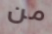
من